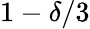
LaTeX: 1-\delta/3